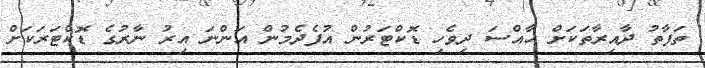
ތަފާތު ދާއިރާތަކަށް ޚާއްސަ ދިވެހި ޑޮކްޓަރުން އުފެދެމުން އަންނަ އިރު ނާރުގެ ޑޮކްޓަރަކަށް